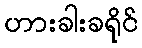
ဟားခါးခရိုင်